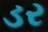
ડર